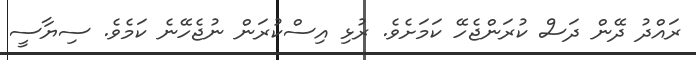
ރައްދު ދޭން ދަސް ކުރަންޖެހޭ ކަމަށެވެ. ރުޅި އިސްކުރަން ނުޖެހޭނެ ކަމެވެ. ސިޔާސީ